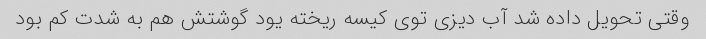
وقتی تحویل داده شد آب دیزی توی کیسه ریخته یود گوشتش هم به شدت کم بود